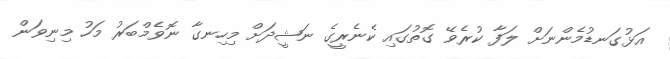
އަޅުގަނޑުމެންނަށް ލަފާ ކުރެވޭ ގޮތުގައި ކެނެރީގެ ނަޝީދަށް މިހިނގާ ނޮވެމްބަރު މަހު މިނިވަން